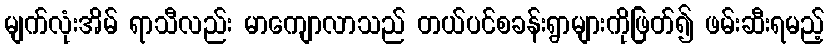
မျက်လုံးအိမ် ရာသီလည်း မာကျောလာသည် တယ်ပင်စခန်းရွာများကိုဖြတ်၍ ဖမ်းဆီးရမည့်